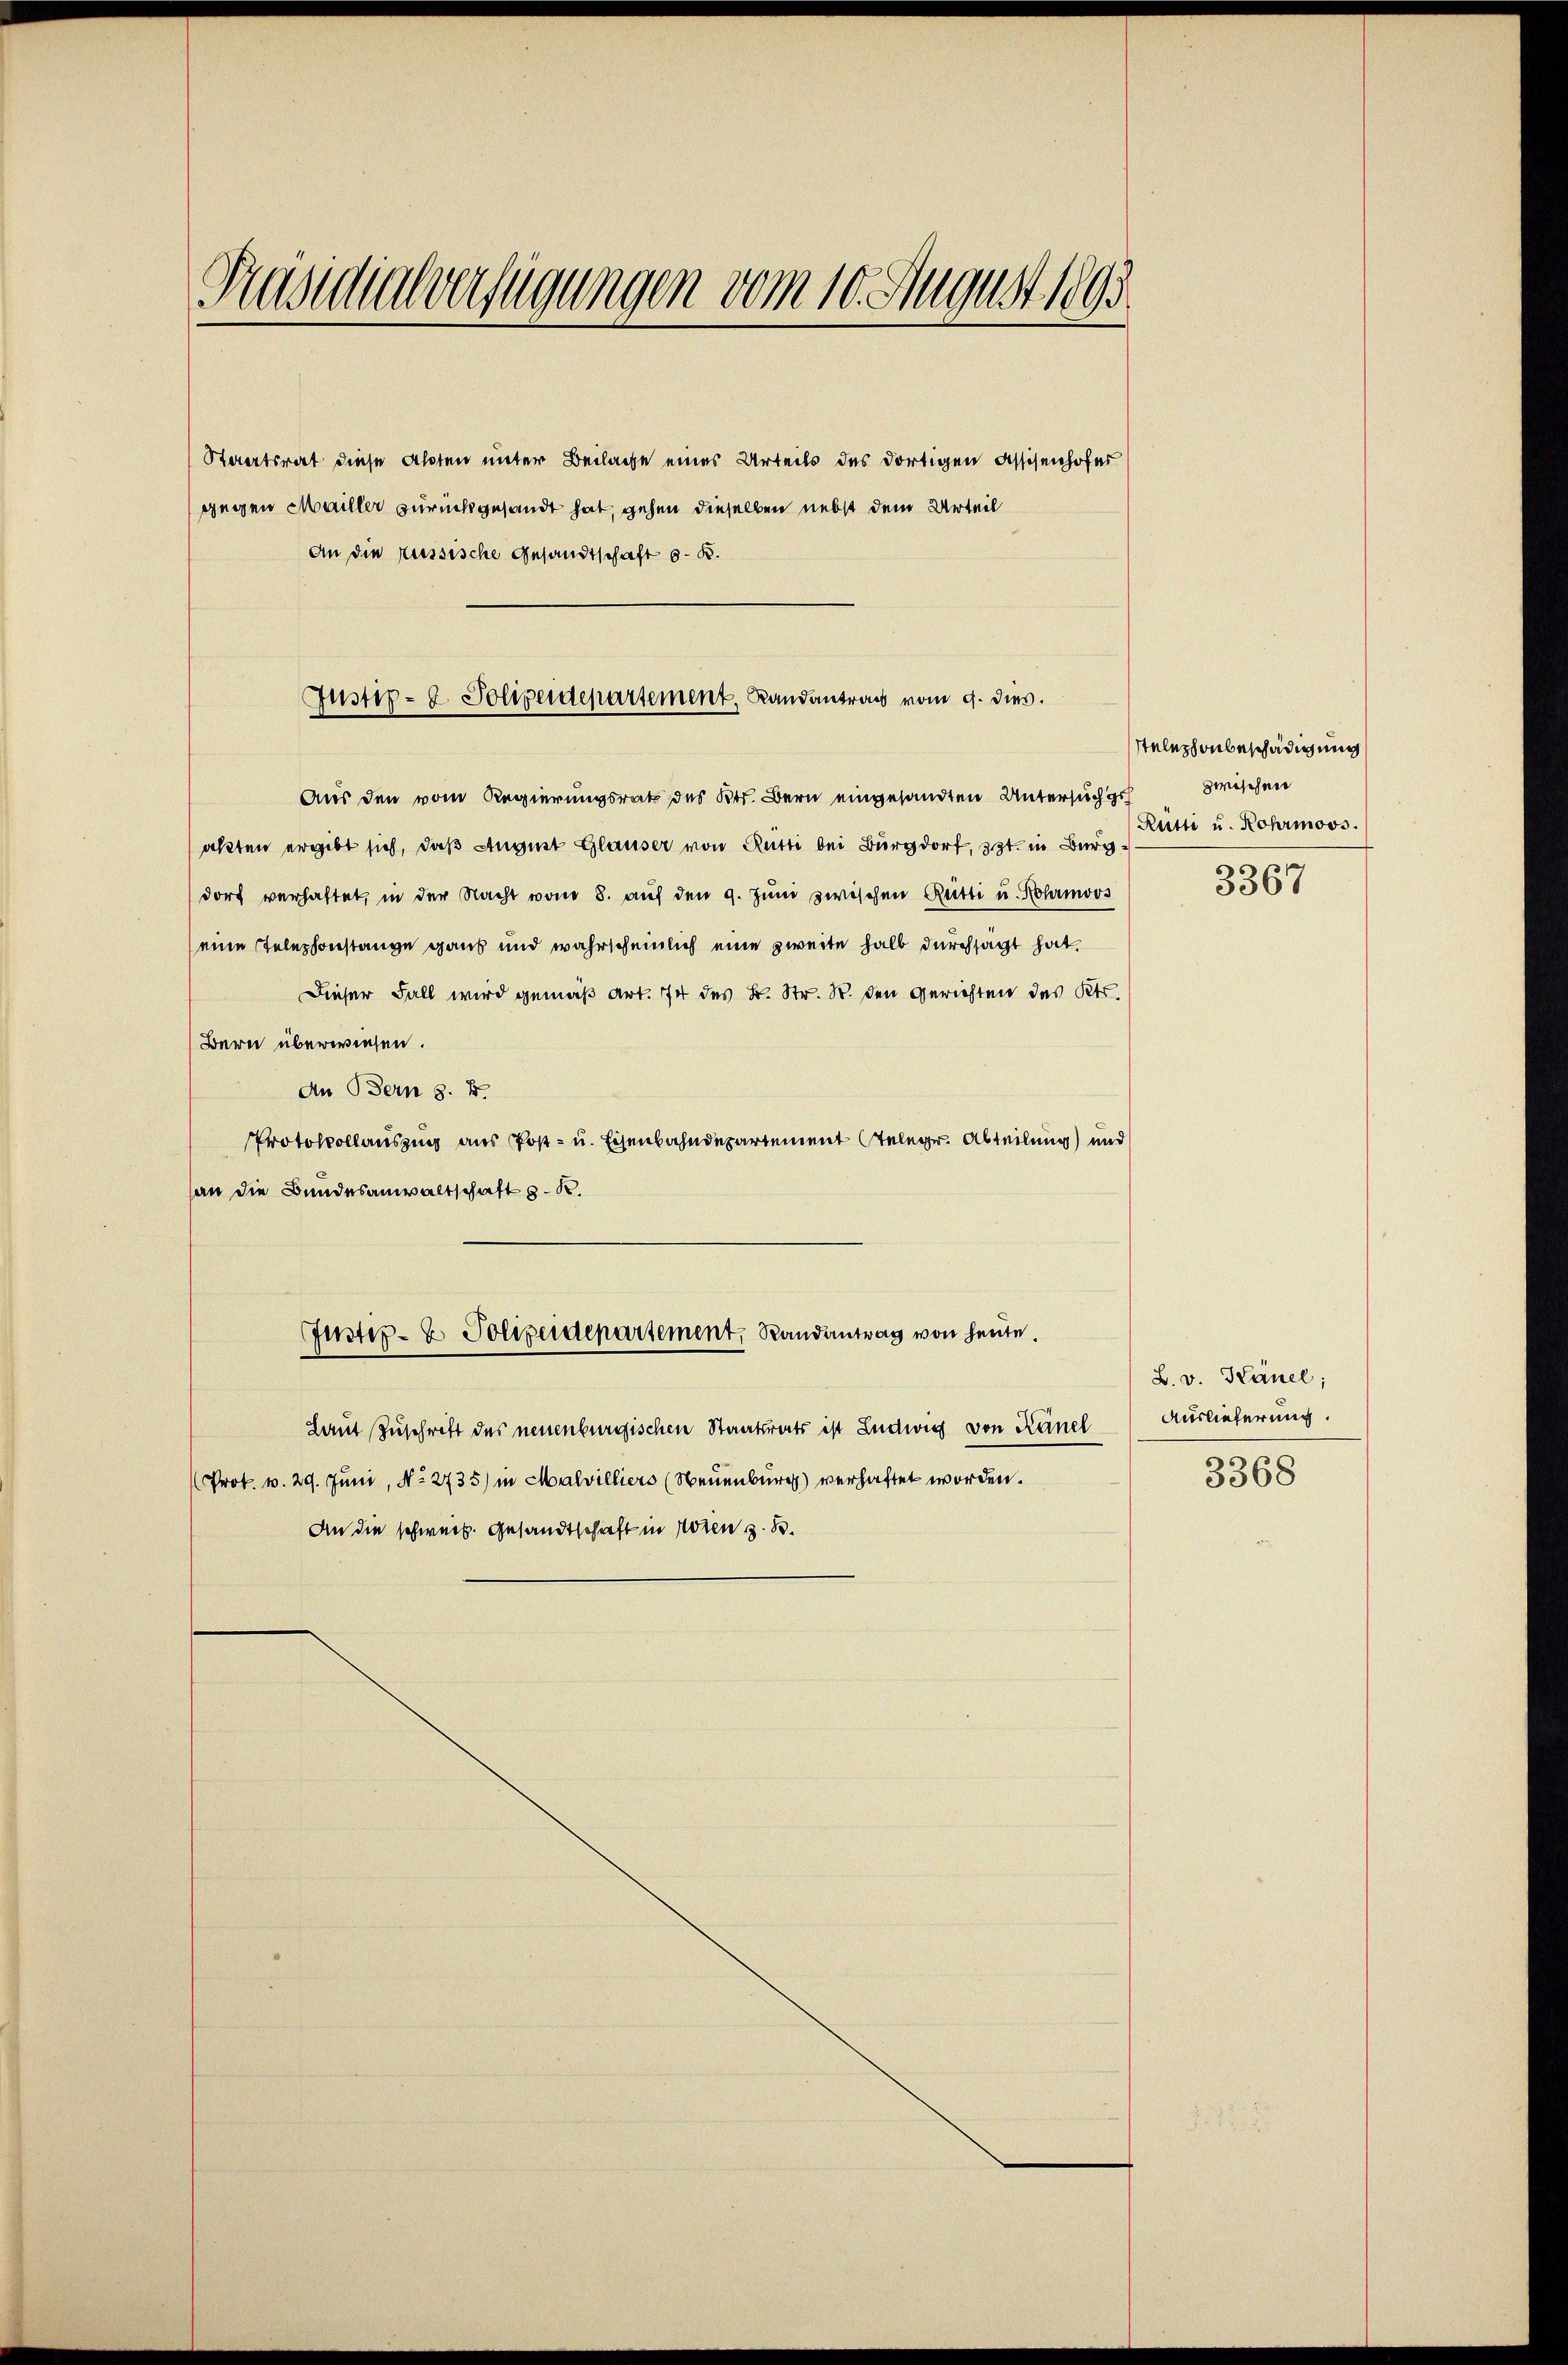
Präsidialverfügungen vom 10. August 1893

Staatsrat diese Aboten unter Beilage eines Urteils des dortigen Assisenhofer
gegen Mailler zurückgesandt hat, gehen dieselben nebst dem Urteil
An die russische Gesandtschaft 6 B.

Justiz- & Polizeidepartement, Landantrag vom 9. dies

Aus den vom Regierungsrath des Kts. Bern eingesandten Untersuch geakten ergibt sich, daß August Glauser von Rütti bei Burgdorf, 3t. in Burg
dorf verhaftet, in der Nacht vom 8. aŭf den 9. Jŭni zwischen Rütti u. Rohrmoos
eine Telephonstanze ganz und wahrscheinlich eine zweite halb durchsagt hat.
Dieser Fall wird gemäß Art. 74 des L. Str. S. den Gerichten des Kts.
Bern überwiesen.
An Bern z. B.
Protokollauszug aus Post- u. Eisenbahndepartement Telege. Abteilung) und
an die Bundesanwaltschaft s. R.
Justiz- & Polizeidepartement, Randantrag von heute.
Laut Zuschrift des neuenburgischen Staatsrats ist Ludwig von Känel
Prok. v. 29. Juni, No. 2735) in Malvilliers (Neuenburg) verhaftet worden.
An die schweiz. Gesandtschaft in Noten z. B.

telephonbeschädigung
zwischen
Rütti u. Kohrmoos.

3367

L. v. Känel;
Auslieferung.
3368